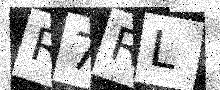
Text: R7RL